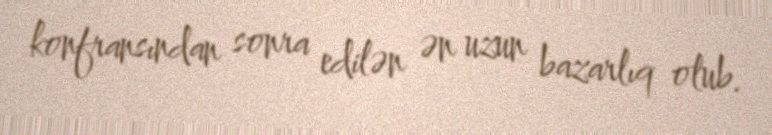
konfransından sonra edilən ən uzun bazarlıq olub.